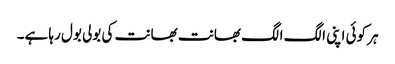
ہر کوئی اپنی الگ الگ بھانت بھانت کی بولی بول رہا ہے۔